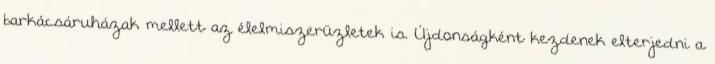
barkácsáruházak mellett az élelmiszerüzletek is. Újdonságként kezdenek elterjedni a